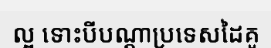
ល្អ ទោះបីបណ្តាប្រទេសដៃគូ